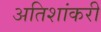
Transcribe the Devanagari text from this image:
अतिशांकरी